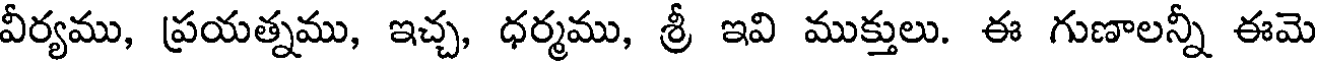
వీర్యము, ప్రయత్నము, ఇచ్చ, ధర్మము, శ్రీ ఇవి ముక్తులు. ఈ గుణాలన్నీ ఈమె